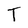
Character: T